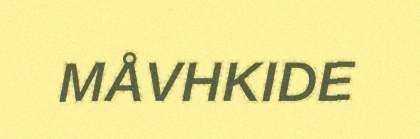
MÅVHKIDE